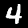
Digit: 4